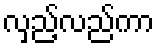
လှည့်လည်ကာ